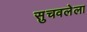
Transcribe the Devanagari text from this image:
सुचवलेला